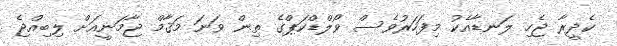
ކެދީރާ ޖެހި ލަނޑާއެކު މިފަހަރުވެސް ވޯލްޑްކަޕްގެ ތިން ވަނަ މަޤާމް ޖާމަނީއަށް ލިބިއްޖެ